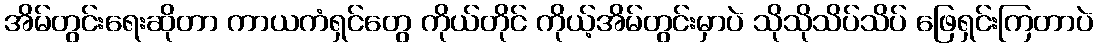
အိမ်တွင်းရေးဆိုတာ ကာယကံရှင်တွေ ကိုယ်တိုင် ကိုယ့်အိမ်တွင်းမှာပဲ သိုသိုသိပ်သိပ် ဖြေရှင်းကြတာပဲ